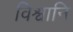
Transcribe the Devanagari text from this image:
विश्वानि